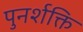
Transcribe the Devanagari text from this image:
पुनर्शक्ति